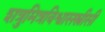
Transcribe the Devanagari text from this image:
शत्रुमित्रविश्वासस्त्रीसी